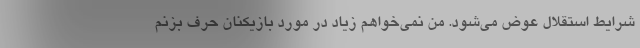
شرایط استقلال عوض می‌شود. من نمی‌خواهم زیاد در مورد بازیکنان حرف بزنم